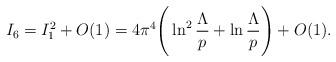
LaTeX: \begin{align*}I_6 = I_1^2 + O(1)= 4\pi^4\Bigg(\ln^2 \frac{\Lambda}{p} + \ln\frac{\Lambda}{p}\Bigg) + O(1).\end{align*}